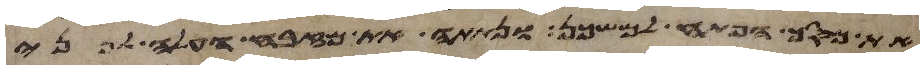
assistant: את מסך הפתח למשכן ונתתה את מזבח העלה לפני